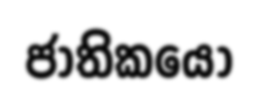
ජාතිකයෝ